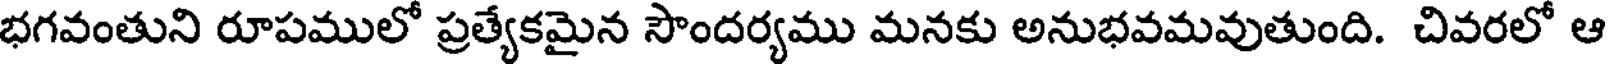
భగవంతుని రూపములో ప్రత్యేకమైన సౌందర్యము మనకు అనుభవమవుతుంది. చివరలో ఆ